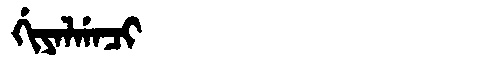
Manchu: ᡤᡳᠶᠠᠯᡤᠠᠴᡳ
Romanization: GIYALGACI